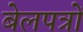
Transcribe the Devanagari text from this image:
बेलपत्रों